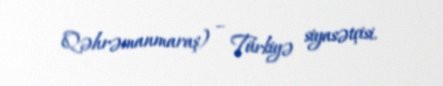
Qəhrəmanmaraş) – Türkiyə siyasətçisi.